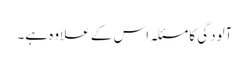
آلودگی کا مسئلہ اس کے علاوہ ہے۔